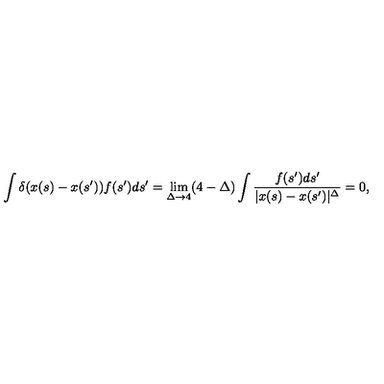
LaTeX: \int \delta ( x ( s ) - x ( s ^ { \prime } ) ) f ( s ^ { \prime } ) d s ^ { \prime } = \lim _ { \Delta \to 4 } ( 4 - \Delta ) \int \frac { f ( s ^ { \prime } ) d s ^ { \prime } } { | x ( s ) - x ( s ^ { \prime } ) | ^ { \Delta } } = 0 ,